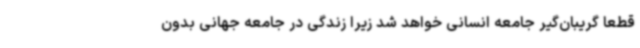
قطعا گریبان‌گیر جامعه انسانی خواهد شد زیرا زندگی در جامعه جهانی بدون